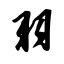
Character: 羽